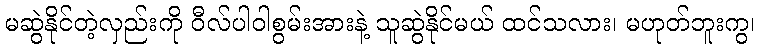
မဆွဲနိုင်တဲ့လှည်းကို ဝီလ်ပါဝါစွမ်းအားနဲ့ သူဆွဲနိုင်မယ် ထင်သလား၊ မဟုတ်ဘူးကွ၊